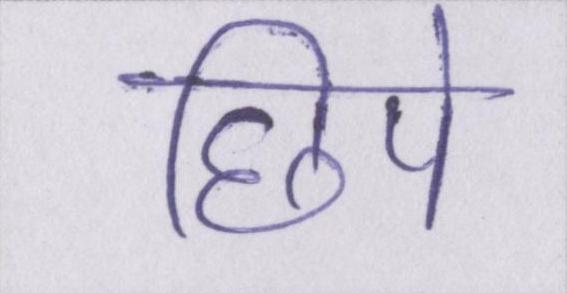
छिपे